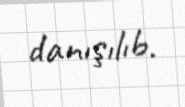
danışılıb.